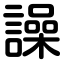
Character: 譟